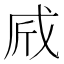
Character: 𢦲